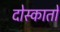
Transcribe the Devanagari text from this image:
दोस्कातों